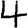
Digit: 4